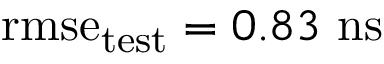
\mathrm { r m s e } _ { \mathrm { t e s t } } = 0 . 8 3 ~ \mathrm { n s }